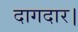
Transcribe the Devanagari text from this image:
दागदार।